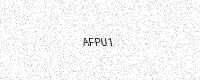
Text: AFPU1